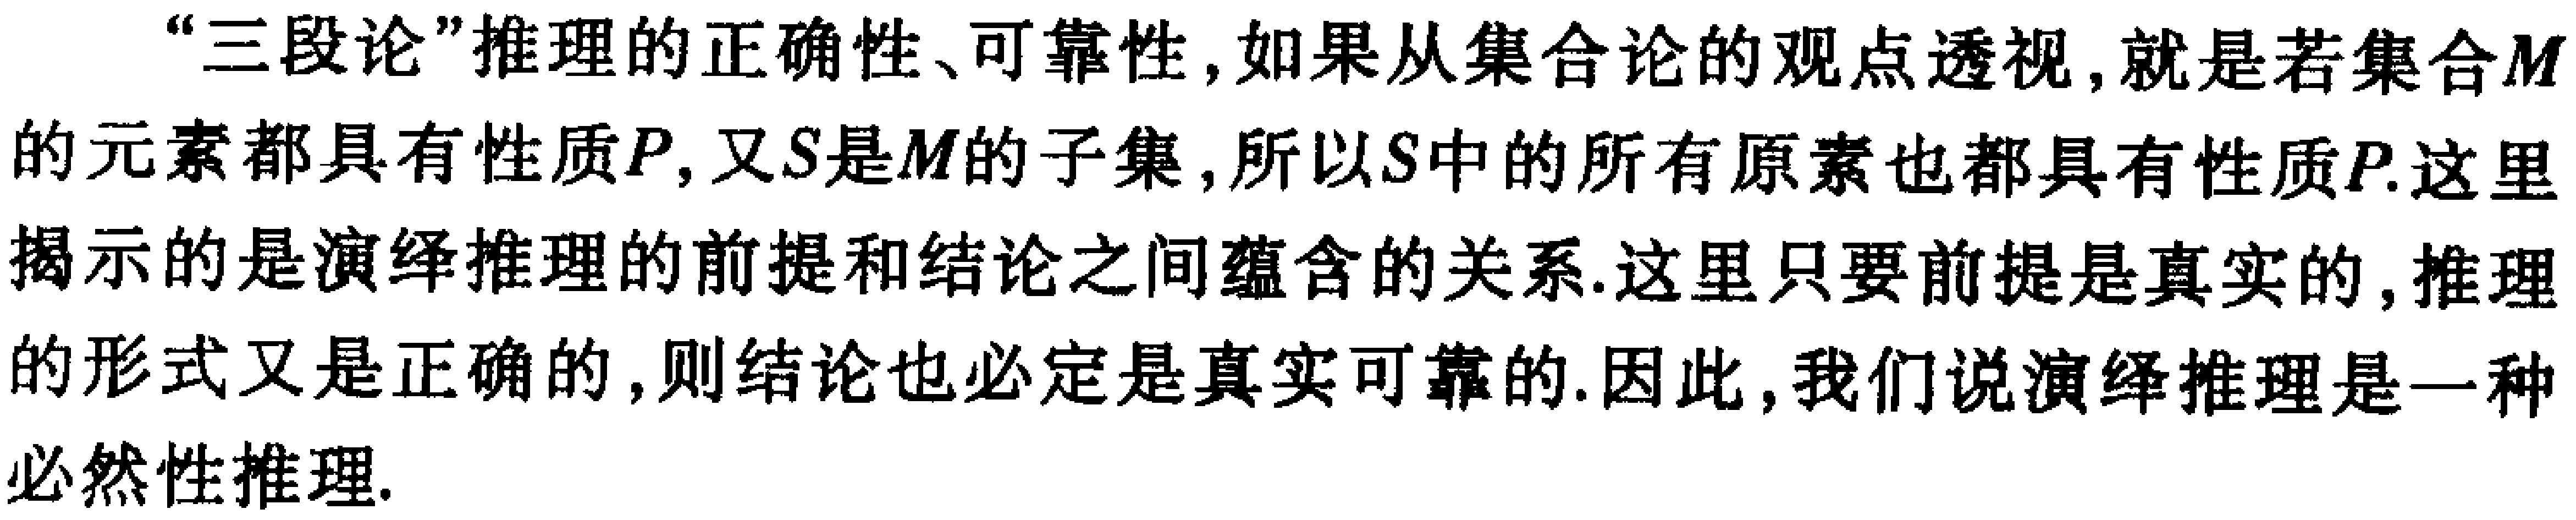
“三段论”推理的正确性、可靠性，如果从集合论的观点透视，就是若集合\(M\)的元素都具有性质\(P\)，又\(S\)是\(M\)的子集，所以\(S\)中的所有原素也都具有性质\(P\).这里揭示的是演绎推理的前提和结论之间蕴含的关系.这里只要前提是真实的，推理的形式又是正确的，则结论也必定是真实可靠的.因此，我们说演绎推理是一种必然性推理.